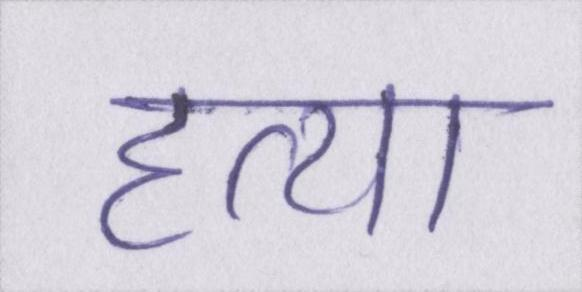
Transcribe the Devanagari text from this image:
हत्या